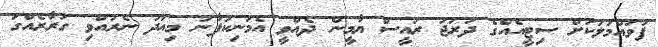
ފުވައްމުލަކަށް ސިޓީއެއްގެ ދަރަޖަ ރައީސް ޔާމީން ދެއްވީ އެމަނިކުފާނު މިއަދު ނެރުއްވި ގަރާރެއްގަ